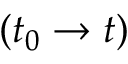
( t _ { 0 } \rightarrow t )